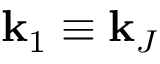
\mathbf { k } _ { 1 } \equiv \mathbf { k } _ { J }